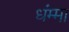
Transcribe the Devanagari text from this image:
धंम्मा